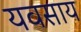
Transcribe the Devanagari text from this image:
यवसाय